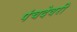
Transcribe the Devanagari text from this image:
पंचदेवरी